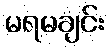
မရမချင်း